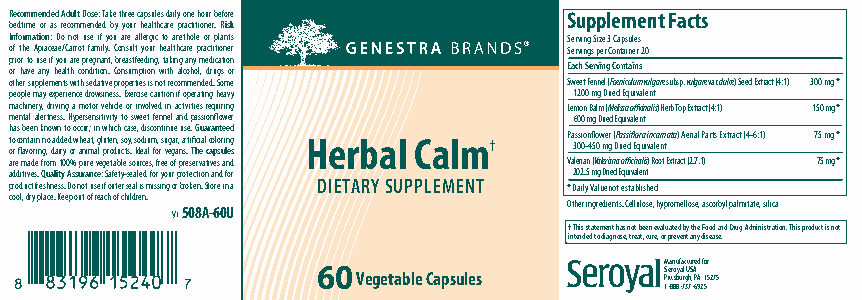
Recommended Adult Dose: Take three capsules daily one hour before Supplement Facts
 bedtime or as recommended by your healthcare practitioner. Risk
 Information: Do not use if you are allergic to anethole or plants Serving Size 3 Capsules
 of the Apiaceae/Carrot family. Consult your healthcare practitioner Servings per Container 20
 p orr io hr
 a
 t vo
 e
 u as ne
 y
 i f hy eo au
 l
 thar e
 c
 op nre dg itn ioa nn .t , Cb or ne sa ust mfe pe td ioin ng ,
 w
 t ia tk hi n ag
 l
 ca on hy
 o
 lm
 ,
 e dd ruic ga st io on
 r                      Each Serving Contains
 other supplements with sedative properties is not recommended. Some Sweet Fennel (Foeniculum vulgare subsp. vulgare var. dulce) Seed Extract (4:1) 300 mg *
 people may experience drowsiness. Exercise caution if operating heavy 1200 mg Dried Equivalent
 machinery, driving a motor vehicle or involved in activities requiring Lemon Balm (Melissa officinalis) Herb Top Extract (4:1) 150 mg *
 mental alertness. Hypersensitivity to sweet fennel and passionflower 600 mg Dried Equivalent
 t oh o ra s c fl ob an ve t oe a rn i in nk gnn ,oo dw a adn id r yeto d o o rw c ahc nu e ir a m; t ,i a n g l lw u pt rh e oi n dc ,h u s cc o ta sy .s , e s Id, o edd aii us l c m fo on , r t s i u vn egu gae ar , n u a ss r .e t i. Tfi hG c eu ia a l c r c aa o pn l sot ure i le n ed g s Herbal Calm† P a 3s 0si 0o -n 4fl 5o 0w me gr ( DP ra iess di fl Eo qr ua i vin ac lea nrn tata) Aerial Parts Extract (4-6:1) 75 mg *
 are made from 100% pure vegetable sources, free of preservatives and Valerian (Valeriana officinalis) Root Extract (2.7:1) 75 mg *
 additives. Quality Assurance: Safety-sealed for your protection and for 202.5 mg Dried Equivalent
 product freshness. Do not use if outer seal is missing or broken. Store in a DIETARY SUPPLEMENT * Daily Value not established
 cool, dry place. Keep out of reach of children.
 V1 508A-60U                Other ingredients: Cellulose, hypromellose, ascorbyl palmitate, silica
 † This statement has not been evaluated by the Food and Drug Administration. This product is not
 intended to diagnose, treat, cure, or prevent any disease.
 60 Vegetable Capsules  M S Pe ita r tn o su byf uaa rlc g Ut hu S ,r Ae P Ad f 1o 5r 275
 1-888-737-6925